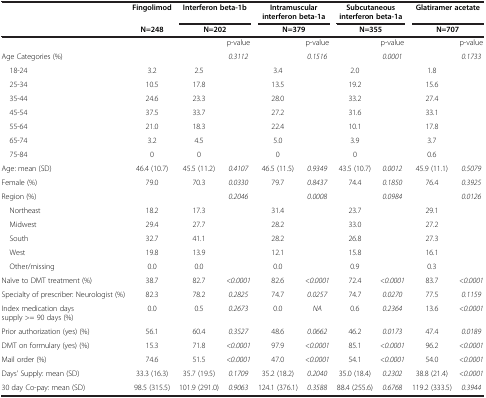
<table><thead><tr><td>[EMPTY_CELL]</td><td><b>Fingolimod</b></td><td colspan="2"><b>Interferon beta-1b</b></td><td colspan="2"><b>Intramuscular interferon beta-1a</b></td><td colspan="2"><b>Subcutaneous interferon beta-1a</b></td><td colspan="2"><b>Glatiramer acetate</b></td></tr><tr><td>[EMPTY_CELL]</td><td><b>N=248</b></td><td colspan="2"><b>N=202</b></td><td colspan="2"><b>N=379</b></td><td colspan="2"><b>N=355</b></td><td colspan="2"><b>N=707</b></td></tr></thead><tbody><tr><td>[EMPTY_CELL]</td><td>[EMPTY_CELL]</td><td>[EMPTY_CELL]</td><td>p-value</td><td>[EMPTY_CELL]</td><td>p-value</td><td>[EMPTY_CELL]</td><td>p-value</td><td>[EMPTY_CELL]</td><td>p-value</td></tr><tr><td>Age Categories (%)</td><td>[EMPTY_CELL]</td><td>[EMPTY_CELL]</td><td><i>0.3112</i></td><td>[EMPTY_CELL]</td><td><i>0.1516</i></td><td>[EMPTY_CELL]</td><td><i>0.0001</i></td><td>[EMPTY_CELL]</td><td><i>0.1733</i></td></tr><tr><td> 18-24</td><td>3.2</td><td>2.5</td><td>[EMPTY_CELL]</td><td>3.4</td><td>[EMPTY_CELL]</td><td>2.0</td><td>[EMPTY_CELL]</td><td>1.8</td><td>[EMPTY_CELL]</td></tr><tr><td> 25-34</td><td>10.5</td><td>17.8</td><td>[EMPTY_CELL]</td><td>13.5</td><td>[EMPTY_CELL]</td><td>19.2</td><td>[EMPTY_CELL]</td><td>15.6</td><td>[EMPTY_CELL]</td></tr><tr><td> 35-44</td><td>24.6</td><td>23.3</td><td>[EMPTY_CELL]</td><td>28.0</td><td>[EMPTY_CELL]</td><td>33.2</td><td>[EMPTY_CELL]</td><td>27.4</td><td>[EMPTY_CELL]</td></tr><tr><td> 45-54</td><td>37.5</td><td>33.7</td><td>[EMPTY_CELL]</td><td>27.2</td><td>[EMPTY_CELL]</td><td>31.6</td><td>[EMPTY_CELL]</td><td>33.1</td><td>[EMPTY_CELL]</td></tr><tr><td> 55-64</td><td>21.0</td><td>18.3</td><td>[EMPTY_CELL]</td><td>22.4</td><td>[EMPTY_CELL]</td><td>10.1</td><td>[EMPTY_CELL]</td><td>17.8</td><td>[EMPTY_CELL]</td></tr><tr><td> 65-74</td><td>3.2</td><td>4.5</td><td>[EMPTY_CELL]</td><td>5.0</td><td>[EMPTY_CELL]</td><td>3.9</td><td>[EMPTY_CELL]</td><td>3.7</td><td>[EMPTY_CELL]</td></tr><tr><td> 75-84</td><td>0</td><td>0</td><td>[EMPTY_CELL]</td><td>0</td><td>[EMPTY_CELL]</td><td>0</td><td>[EMPTY_CELL]</td><td>0.6</td><td>[EMPTY_CELL]</td></tr><tr><td>Age: mean (SD)</td><td>46.4 (10.7)</td><td>45.5 (11.2)</td><td><i>0.4107</i></td><td>46.5 (11.5)</td><td><i>0.9349</i></td><td>43.5 (10.7)</td><td><i>0.0012</i></td><td>45.9 (11.1)</td><td><i>0.5079</i></td></tr><tr><td>Female (%)</td><td>79.0</td><td>70.3</td><td><i>0.0330</i></td><td>79.7</td><td><i>0.8437</i></td><td>74.4</td><td><i>0.1850</i></td><td>76.4</td><td><i>0.3925</i></td></tr><tr><td>Region (%)</td><td>[EMPTY_CELL]</td><td>[EMPTY_CELL]</td><td><i>0.2046</i></td><td>[EMPTY_CELL]</td><td><i>0.0008</i></td><td>[EMPTY_CELL]</td><td><i>0.0984</i></td><td>[EMPTY_CELL]</td><td><i>0.0126</i></td></tr><tr><td> Northeast</td><td>18.2</td><td>17.3</td><td>[EMPTY_CELL]</td><td>31.4</td><td>[EMPTY_CELL]</td><td>23.7</td><td>[EMPTY_CELL]</td><td>29.1</td><td>[EMPTY_CELL]</td></tr><tr><td> Midwest</td><td>29.4</td><td>27.7</td><td>[EMPTY_CELL]</td><td>28.2</td><td>[EMPTY_CELL]</td><td>33.0</td><td>[EMPTY_CELL]</td><td>27.2</td><td>[EMPTY_CELL]</td></tr><tr><td> South</td><td>32.7</td><td>41.1</td><td>[EMPTY_CELL]</td><td>28.2</td><td>[EMPTY_CELL]</td><td>26.8</td><td>[EMPTY_CELL]</td><td>27.3</td><td>[EMPTY_CELL]</td></tr><tr><td> West</td><td>19.8</td><td>13.9</td><td>[EMPTY_CELL]</td><td>12.1</td><td>[EMPTY_CELL]</td><td>15.8</td><td>[EMPTY_CELL]</td><td>16.1</td><td>[EMPTY_CELL]</td></tr><tr><td> Other/missing</td><td>0.0</td><td>0.0</td><td>[EMPTY_CELL]</td><td>0.0</td><td>[EMPTY_CELL]</td><td>0.9</td><td>[EMPTY_CELL]</td><td>0.3</td><td>[EMPTY_CELL]</td></tr><tr><td>Naïve to DMT treatment (%)</td><td>38.7</td><td>82.7</td><td><i>&lt;0.0001</i></td><td>82.6</td><td><i>&lt;0.0001</i></td><td>72.4</td><td><i>&lt;0.0001</i></td><td>83.7</td><td><i>&lt;0.0001</i></td></tr><tr><td>Specialty of prescriber: Neurologist (%)</td><td>82.3</td><td>78.2</td><td><i>0.2825</i></td><td>74.7</td><td><i>0.0257</i></td><td>74.7</td><td><i>0.0270</i></td><td>77.5</td><td><i>0.1159</i></td></tr><tr><td>Index medication days supply &gt;= 90 days (%)</td><td>0.0</td><td>0.5</td><td><i>0.2673</i></td><td>0.0</td><td><i>NA</i></td><td>0.6</td><td><i>0.2364</i></td><td>13.6</td><td><i>&lt;0.0001</i></td></tr><tr><td>Prior authorization (yes) (%)</td><td>56.1</td><td>60.4</td><td><i>0.3527</i></td><td>48.6</td><td><i>0.0662</i></td><td>46.2</td><td><i>0.0173</i></td><td>47.4</td><td><i>0.0189</i></td></tr><tr><td>DMT on formulary (yes) (%)</td><td>15.3</td><td>71.8</td><td><i>&lt;0.0001</i></td><td>97.9</td><td><i>&lt;0.0001</i></td><td>85.1</td><td><i>&lt;0.0001</i></td><td>96.2</td><td><i>&lt;0.0001</i></td></tr><tr><td>Mail order (%)</td><td>74.6</td><td>51.5</td><td><i>&lt;0.0001</i></td><td>47.0</td><td><i>&lt;0.0001</i></td><td>54.1</td><td><i>&lt;0.0001</i></td><td>54.0</td><td><i>&lt;0.0001</i></td></tr><tr><td>Days’ Supply: mean (SD)</td><td>33.3 (16.3)</td><td>35.7 (19.5)</td><td><i>0.1709</i></td><td>35.2 (18.2)</td><td><i>0.2040</i></td><td>35.0 (18.4)</td><td><i>0.2302</i></td><td>38.8 (21.4)</td><td><i>&lt;0.0001</i></td></tr><tr><td>30 day Co-pay: mean (SD)</td><td>98.5 (315.5)</td><td>101.9 (291.0)</td><td><i>0.9063</i></td><td>124.1 (376.1)</td><td><i>0.3588</i></td><td>88.4 (255.6)</td><td><i>0.6768</i></td><td>119.2 (333.5)</td><td><i>0.3944</i></td></tr></tbody></table>